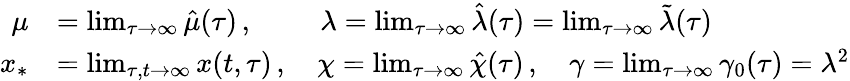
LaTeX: \begin{array}{rl}{\mu}&{=\operatorname*{lim}_{\tau\rightarrow\infty}\hat{\mu}(\tau)\, ,\, \, \qquad\lambda=\operatorname*{lim}_{\tau\rightarrow\infty}\hat{\lambda}(\tau)=\operatorname*{lim}_{\tau\rightarrow\infty}\tilde{\lambda}(\tau)}\\ {x_{*}}&{=\operatorname*{lim}_{\tau,t\rightarrow\infty}x(t,\tau)\, ,\quad\chi=\operatorname*{lim}_{\tau\rightarrow\infty}\hat{\chi}(\tau)\, ,\quad\gamma=\operatorname*{lim}_{\tau\rightarrow\infty}\gamma_{0}(\tau)=\lambda^{2}}\end{array}